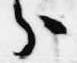
分